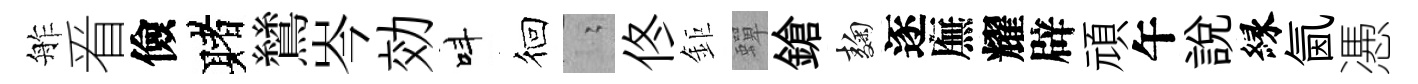
舴㸔儉赌鷥岑効呌徊隐佟鉅蟬鎗麹逐廡耀辟頑午説縁氤慿